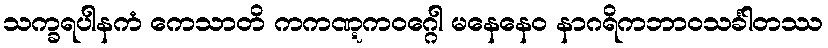
သက္ခရပါနကံ ကေသာတိ ကကဏ္ဋကဝဂ္ဂေါ မနေနေဝ နာဂရိကဘာဝသင်္ခါတဿ